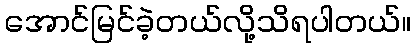
အောင်မြင်ခဲ့တယ်လို့သိရပါတယ်။